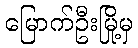
မြောက်ဦးမြို့မှ